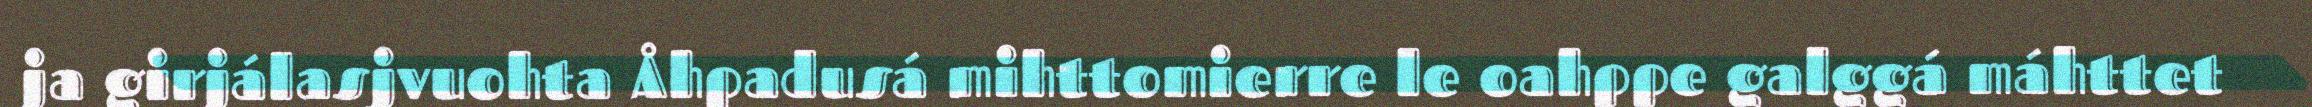
ja girjálasjvuohta Åhpadusá mihttomierre le oahppe galggá máhttet